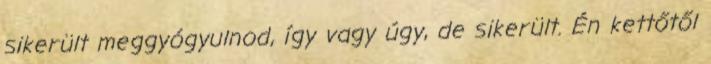
sikerült meggyógyulnod, így vagy úgy, de sikerült. Én kettőtől